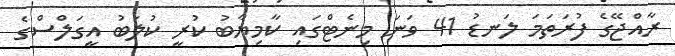
ރާއްޖޭގެ ފުރަތަމަ ލަނޑު 41 ވަނަ މިނެޓްގައި ކާމިޔާބު ކުރީ ކުލަބު އީގަލްސްގެ